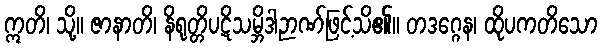
ဣတိ၊ သို့။ ဇာနာတိ၊ နိရုတ္တိပဋိသမ္ဘိဒါဉာဏ်ဖြင့်သိ၏။ တဒဂ္ဂေန၊ ထိုပကတိသော